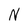
Character: N